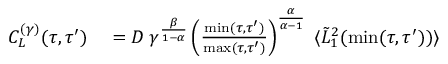
\begin{array} { r l } { C _ { L } ^ { ( \gamma ) } ( \tau , \tau ^ { \prime } ) } & { { } = D \; \gamma ^ { \frac { \beta } { 1 - \alpha } } \left( \frac { \operatorname* { m i n } ( \tau , \tau ^ { \prime } ) } { \operatorname* { m a x } ( \tau , \tau ^ { \prime } ) } \right) ^ { \frac { \alpha } { \alpha - 1 } } \; \langle \tilde { L } _ { 1 } ^ { 2 } ( \operatorname* { m i n } ( \tau , \tau ^ { \prime } ) ) \rangle } \end{array}